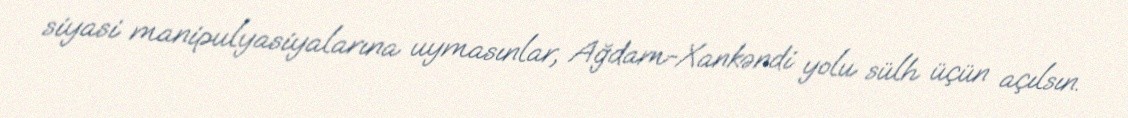
siyasi manipulyasiyalarına uymasınlar, Ağdam-Xankəndi yolu sülh üçün açılsın.